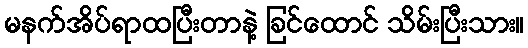
မနက်အိပ်ရာထပြီးတာနဲ့ ခြင်ထောင် သိမ်းပြီးသား။